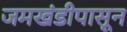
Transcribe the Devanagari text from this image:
जमखंडीपासून